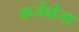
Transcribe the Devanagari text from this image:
कर्जबोजा